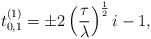
LaTeX: \begin{align*} t_{0,1}^{(1)} = \pm 2 \left( \frac{\tau}{\lambda} \right)^{\frac{1}{2}} i -1, \end{align*}